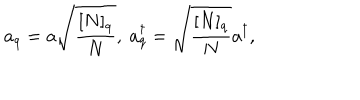
LaTeX: a _ { q } = a \sqrt { \frac { [ N ] _ { q } } { N } } , ~ a _ { q } ^ { \dagger } = \sqrt { \frac { [ N ] _ { q } } { N } } a ^ { \dagger } ,